65_HS1-834228961_62-HQ-83894_SUB_A
Agency: FBI
Page 18
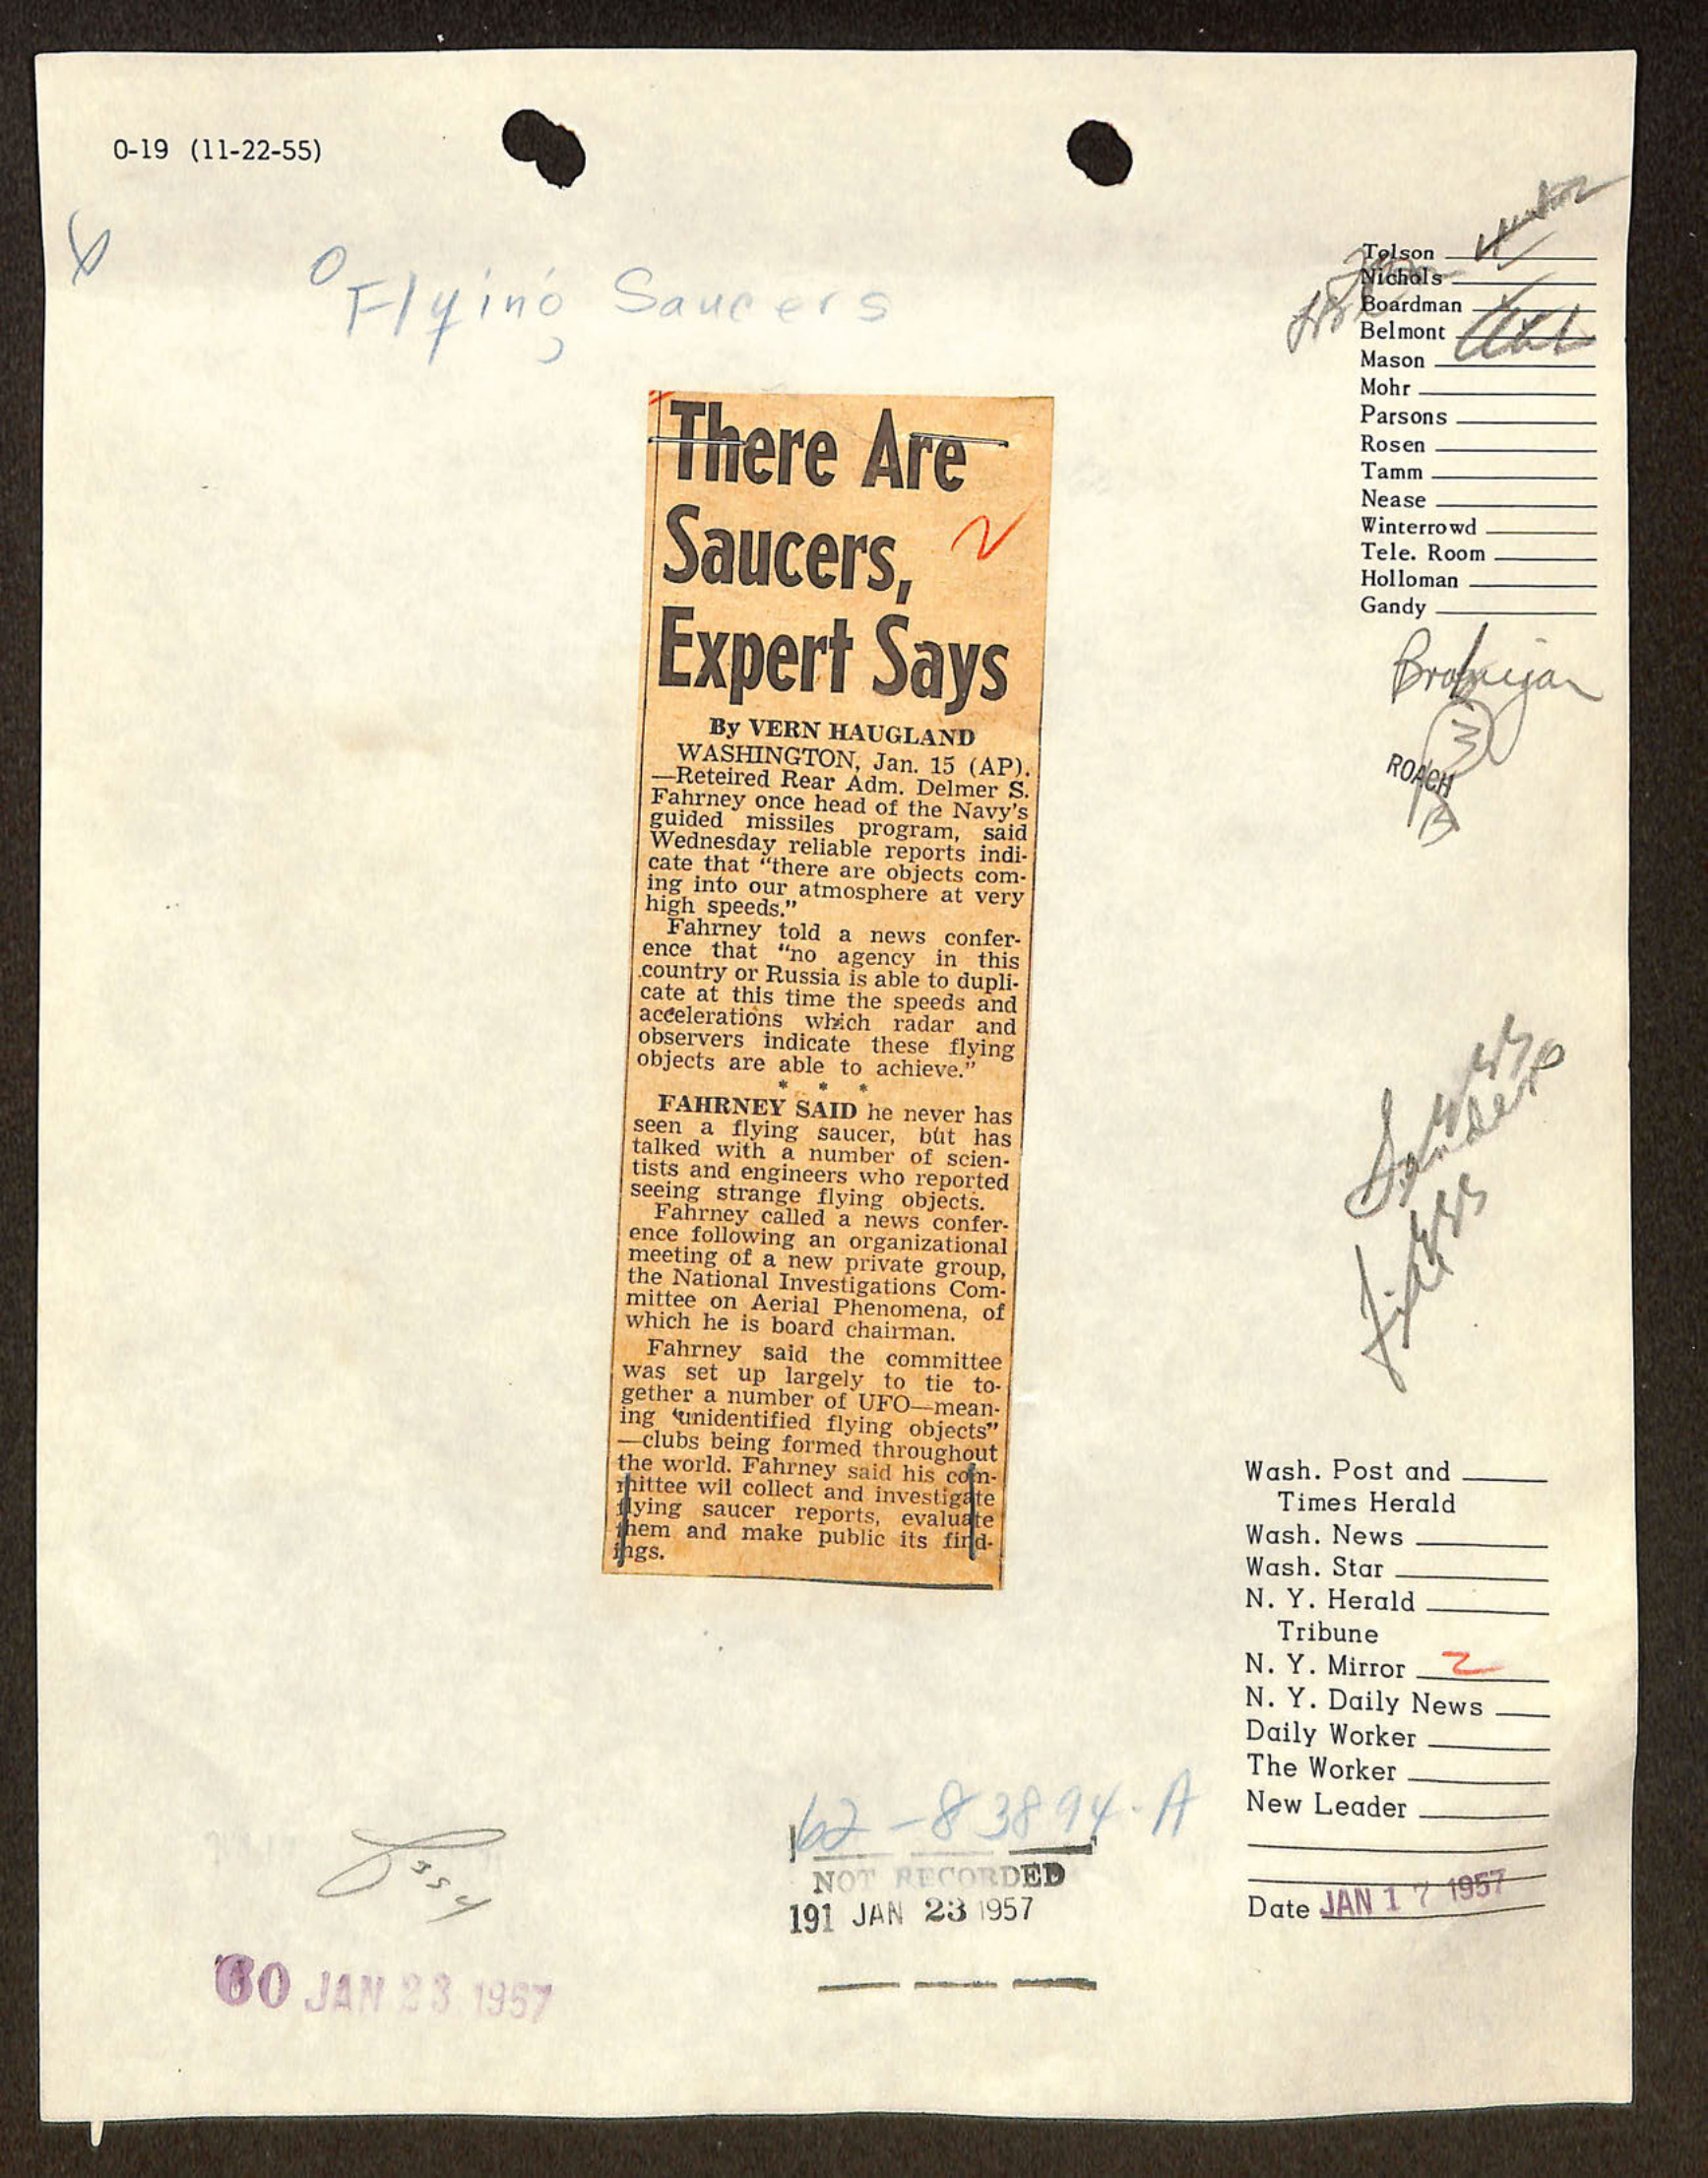